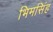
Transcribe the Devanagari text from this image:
भिमसिंह